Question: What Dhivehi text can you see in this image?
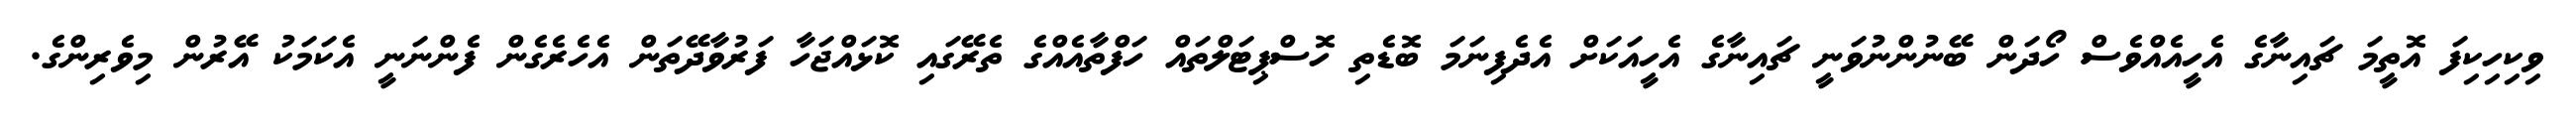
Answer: ވިކިހިކިފަ އޮތީމަ ޗައިނާގެ އެހީއެއްވެސް ހޯދަން ބޭނުންނުވަނީ ޗައިނާގެ އެހީއަކަށް އެދެފިނަމަ ބޮޑެތި ހޮސްޕިޓަލްތައް ހަފްތާއެއްގެ ތެރޭގައި ކޮޅައްޖަހާ ފަރުވާދޭތަން އެހެރެގެން ފެންނަނީ އެކަމަކު އޭރުން މިވެރިންގެ.